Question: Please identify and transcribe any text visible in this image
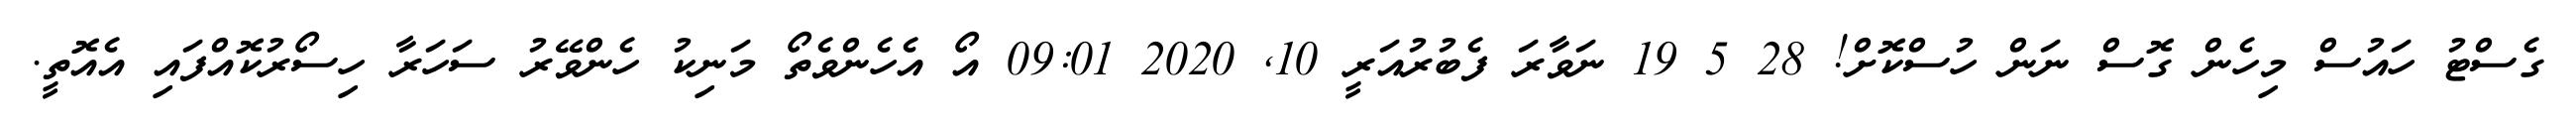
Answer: ގެސްޓު ހައުސް މިހެން ގޮސް ނަން ހުސްކޮށް! 28 5 19 ނަވާރަ ފެބުރުއަރީ 10, 2020 09:01 އޯ އެހެންވެތޯ މަނިކު ހެންވޭރު ސަހަރާ ހިސޯރުކޮއްފައި އެއޮތީ.